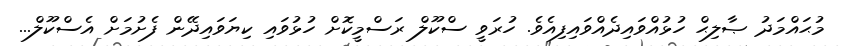
މުޙައްމަދު ޞާލިޙް ހުޅުއްވައިދެއްވައިފިއެވެ. ހުރަވީ ސްކޫލް ރަސްމީކޮށް ހުޅުވައި ކިޔަވައިދޭން ފެށުމަށް އެސްކޫލް...